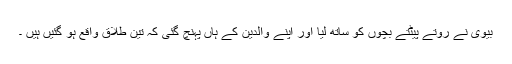
بیوی نے روتے پیٹتے بچوں کو ساتھ لیا اور اپنے والدین کے ہاں پہنچ گئی کہ تین طلاق واقع ہو گئیں ہیں ۔